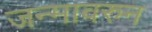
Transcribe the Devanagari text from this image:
जन्मावरुन